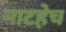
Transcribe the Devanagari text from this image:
नाटहेच